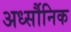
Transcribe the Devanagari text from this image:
अर्ध्सौनिक